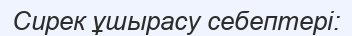
Сирек ұшырасу себептері: